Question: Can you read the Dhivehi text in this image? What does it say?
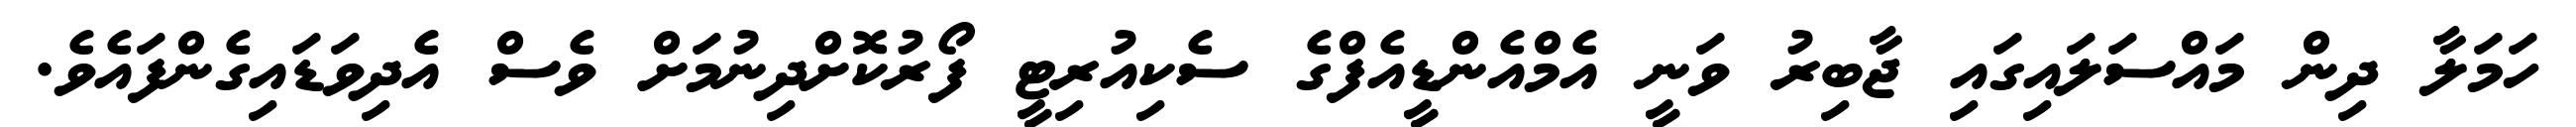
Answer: ހަމަލާ ދިން މައްސަލައިގައި ޖާބިރު ވަނީ އެމްއެންޑީއެފްގެ ސެކިއުރިޓީ ފޯރުކޮށްދިނުމަށް ވެސް އެދިވަޑައިގެންފައެވެ.